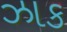
ઝાક